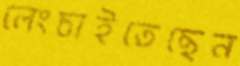
লেংচাইতেছেন